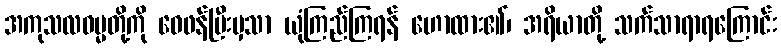
အကုသလဓမ္မတို့ကို ဝေဖန်ပြီးမှသာ ယုံကြည်ကြရန် ဟောထား၏၊ အရိယာတို့ သက်သာရာရကြောင်း